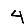
Digit: 4